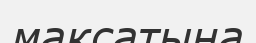
максатына